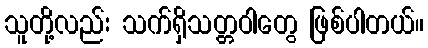
သူတို့လည်း သက်ရှိသတ္တဝါတွေ ဖြစ်ပါတယ်။